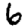
Digit: 6